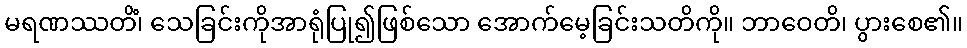
မရဏဿတိံ၊ သေခြင်းကိုအာရုံပြု၍ဖြစ်သော အောက်မေ့ခြင်းသတိကို။ ဘာဝေတိ၊ ပွားစေ၏။